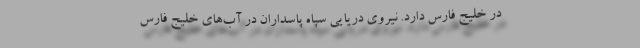
در خلیج فارس دارد. نیروی دریایی سپاه پاسداران در آب‌های خلیج فارس